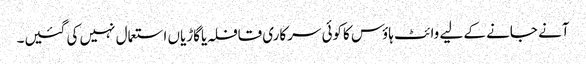
آنے جانے کے لیے وائٹ ہاؤس کاکوئی سرکاری قافلہ یاگاڑیاں استعمال نہیں کی گئیں۔